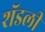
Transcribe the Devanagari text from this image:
शॅडली